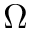
\Omega